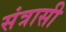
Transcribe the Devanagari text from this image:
संत्रासी